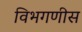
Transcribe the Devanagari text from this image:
विभगणीस